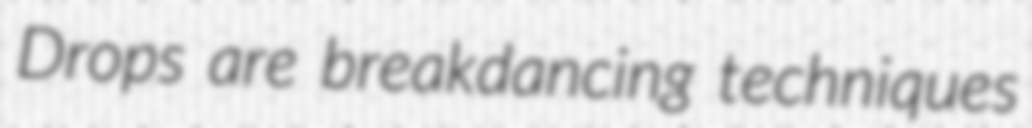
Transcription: Drops are breakdancing techniques